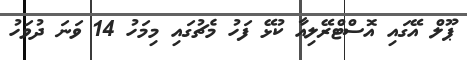
ޕޫލް އޭގައި އޮސްޓްރޭލިއާ ކުޅޭ ފަހު މެޗުގައި މިމަހު 14 ވަަނަ ދުވަހު